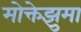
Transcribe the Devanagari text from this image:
मोक्तेझुमा